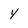
Character: Y